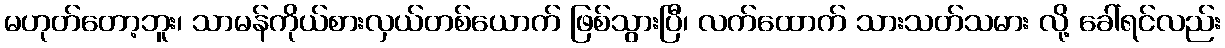
မဟုတ်တော့ဘူး၊ သာမန်ကိုယ်စားလှယ်တစ်ယောက် ဖြစ်သွားပြီ၊ လက်ထောက် သားသတ်သမား လို့ ခေါ်ရင်လည်း